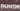
DUHOK